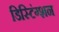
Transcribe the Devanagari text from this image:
डिस्टिंग्शन